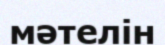
мәтелін